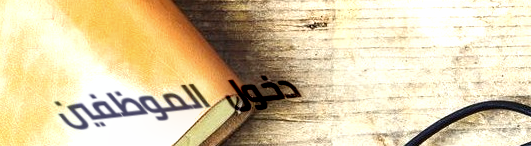
دخول الموظفين